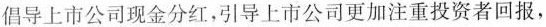
倡导上市公司现金分红，引导上市公司更加注重投资者回报，